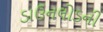
ડાઉનલોડની